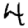
Digit: 4